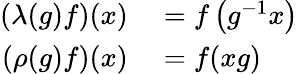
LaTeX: \begin{array}{rl}{(\lambda(g)f)(x)}&{{}=f\left(g^{-1}x\right)}\\ {(\rho(g)f)(x)}&{{}=f(xg)}\end{array}